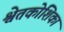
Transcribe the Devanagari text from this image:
श्वेतकोशिका